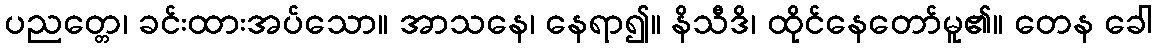
ပညတ္တေ၊ ခင်းထားအပ်သော။ အာသနေ၊ နေရာ၍။ နိသီဒိ၊ ထိုင်နေတော်မူ၏။ တေန ခေါ